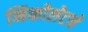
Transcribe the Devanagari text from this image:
निकोलेटने